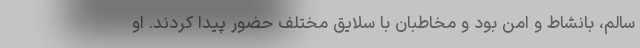
سالم، بانشاط و امن بود و مخاطبان با سلایق مختلف حضور پیدا کردند. او